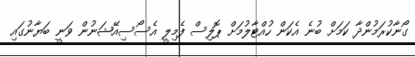
ގޯނާކުރަމުންދާ ކަމަށް ބުނެ އެކަން ހުއްޓާލުމަށް ޕޮލިސް ފެމިލީ އެސޯސިއޭޝަނުން ވަނީ ބަޔާނުގައި